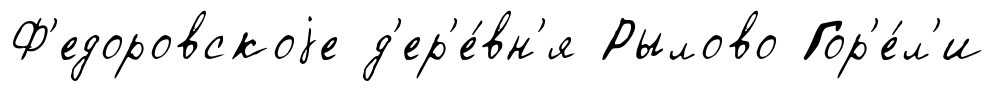
Ф'едоровскоjе д'ер'е́вн'я Рылово Гор'е́л'и